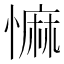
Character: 𢠩